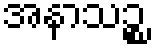
အနာသဉ္စ